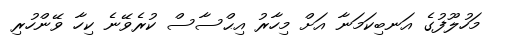
މަހުލޫފުގެ އަނބިކަމަނާ އަށް މިހާރު އިޙްސާސް ކުރެވޭނެ ކިހާ ވޭންހުރި